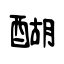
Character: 醐